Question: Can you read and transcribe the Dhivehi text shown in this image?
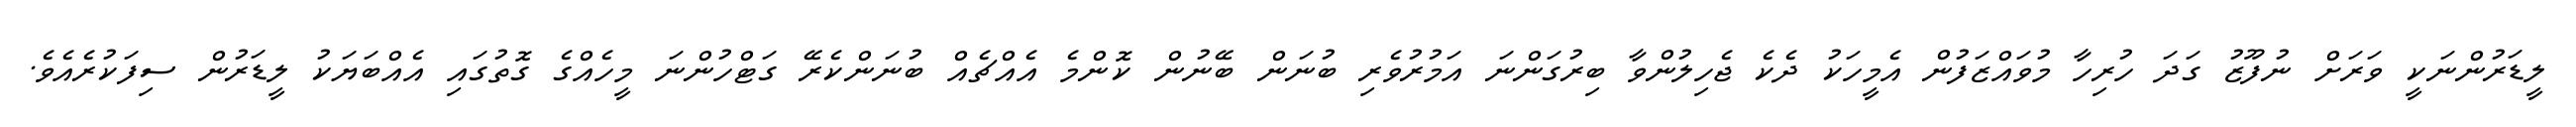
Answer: ލީޑަރުންނަކީ ވަރަށް ނުފޫޒު ގަދަ ހުރިހާ މުވައްޒަފުން އެމީހަކު ދެކެ ޖެހިލުންވާ ބިރުގަންނަ އަމުރުވެރި ބުނަން ބޭނުން ކޮންމެ އެއްޗެއް ބުނަންކެރޭ ގަޓްހުންނަ މީހެއްގެ ގޮތުގައި އެއްބަޔަކު ލީޑަރުން ސިފަކުރެއެވެ.